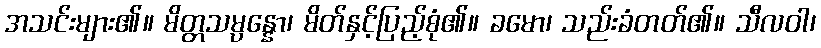
အသင်းများ၏။ မိတ္တသမ္ပန္နော၊ မိတ်နှင့်ပြည့်စုံ၏။ ခမော၊ သည်းခံတတ်၏။ သီလဝါ၊